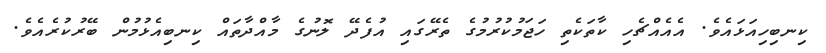
ކިނބިހިއަޅައެވެ. އެއެއްޗެހި ކާތަކެތި ހަޖަމުކުރުމުގެ ތެރޭގައި އުފެދޭ ލޮނުގެ މާއްދާތައް ކިނބިއެޅުމުން ބޭރުކުރެއެވެ.